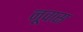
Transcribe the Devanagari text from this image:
नूवास